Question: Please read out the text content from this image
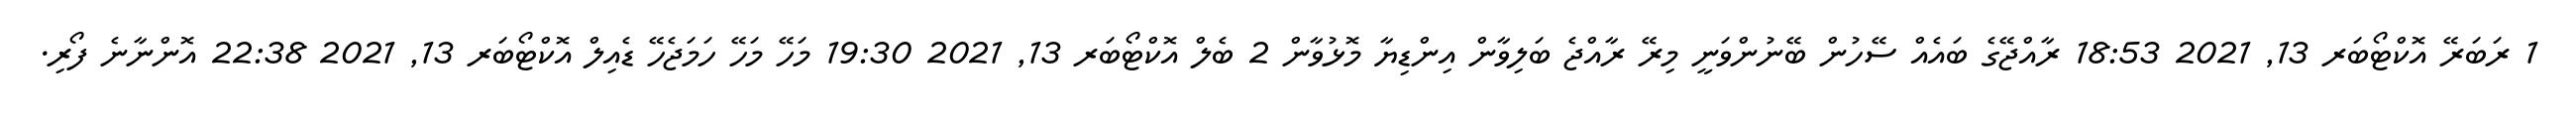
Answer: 1 ރަބަރޭ އޮކްޓޯބަރ 13, 2021 18:53 ރާއްޖޭގެ ބައެއް ސޭހުން ބޭނުންވަނީ މިރޭ ރާއްޖެ ބަލިވާން އިންޑިޔާ މޮޅުވާން 2 ބެލް އޮކްޓޯބަރ 13, 2021 19:30 މަހޭ މަހޭ ހަމަޖެހޭ ޑެއިލް އޮކްޓޯބަރ 13, 2021 22:38 އޮންނާނެ ފޯރި.